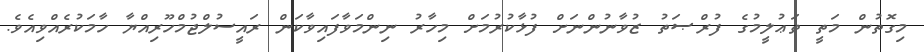
މިގޮތުން މަތީ ތަޢުލީމުގެ ފުރްޞަތު ޒުވާނުންނަށް ފުޅާކުރުމަށް މިހާރު ނިންމަވާފައިވާކަން ރައީސުލްޖުމްހޫރިއްޔާ ހާމަކުރެއްވިއެވެ.